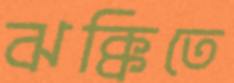
ঝক্কিতে